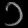
Digit: ၁